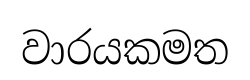
වාරයකමත